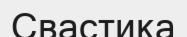
Свастика